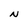
Character: N